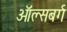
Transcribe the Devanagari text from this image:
ऑल्सबर्ग